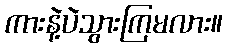
ကားနဲ့ပဲသွားကြမလား။